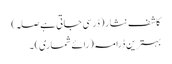
کاشف نثار (ڈر سی جاتی ہے صلہ)
بہترین ڈرامہ (رائے شماری) ۔